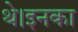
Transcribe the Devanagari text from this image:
थे।इनका